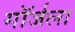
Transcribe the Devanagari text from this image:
गॉर्जला